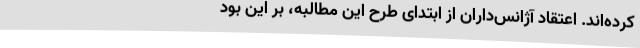
کرده‌اند. اعتقاد آژانس‌داران از ابتدای طرح این مطالبه، بر این بود